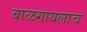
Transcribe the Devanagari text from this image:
बाळगायलाच